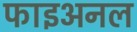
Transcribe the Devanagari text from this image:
फाइअनल